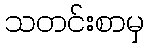
သတင်းစာမှ